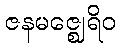
ဇနမဇ္ဈေရိဝ